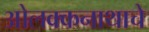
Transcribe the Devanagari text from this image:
ओलक्कनाथाचे